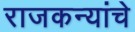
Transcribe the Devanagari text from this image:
राजकन्यांचे